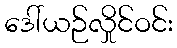
ဒေါ်ယဉ်လှိုင်ဝင်း